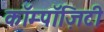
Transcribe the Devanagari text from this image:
कॉम्पॉज़िटी